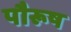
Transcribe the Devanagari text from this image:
पौरूष